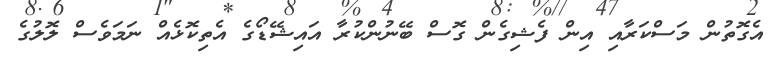
އެގޮތުން މަސްކަރާއި އިން ފެޝިގެން ގޮސް ބޭނުންކުރާ އައިޝޭޑޯގެ އެތިކޮޅެއް ނަމަވެސް ލޮލުގެ